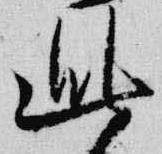
此